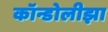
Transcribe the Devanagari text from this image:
कॉन्डोलीझा